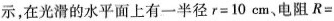
示，在光滑的水平面上有一半径$$r=10cm$$、电阻$$R=